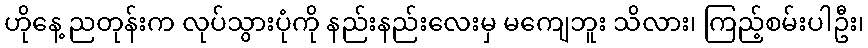
ဟိုနေ့ ညတုန်းက လုပ်သွားပုံကို နည်းနည်းလေးမှ မကျေဘူး သိလား၊ ကြည့်စမ်းပါဦး၊